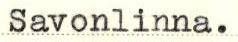
Savonlinna.